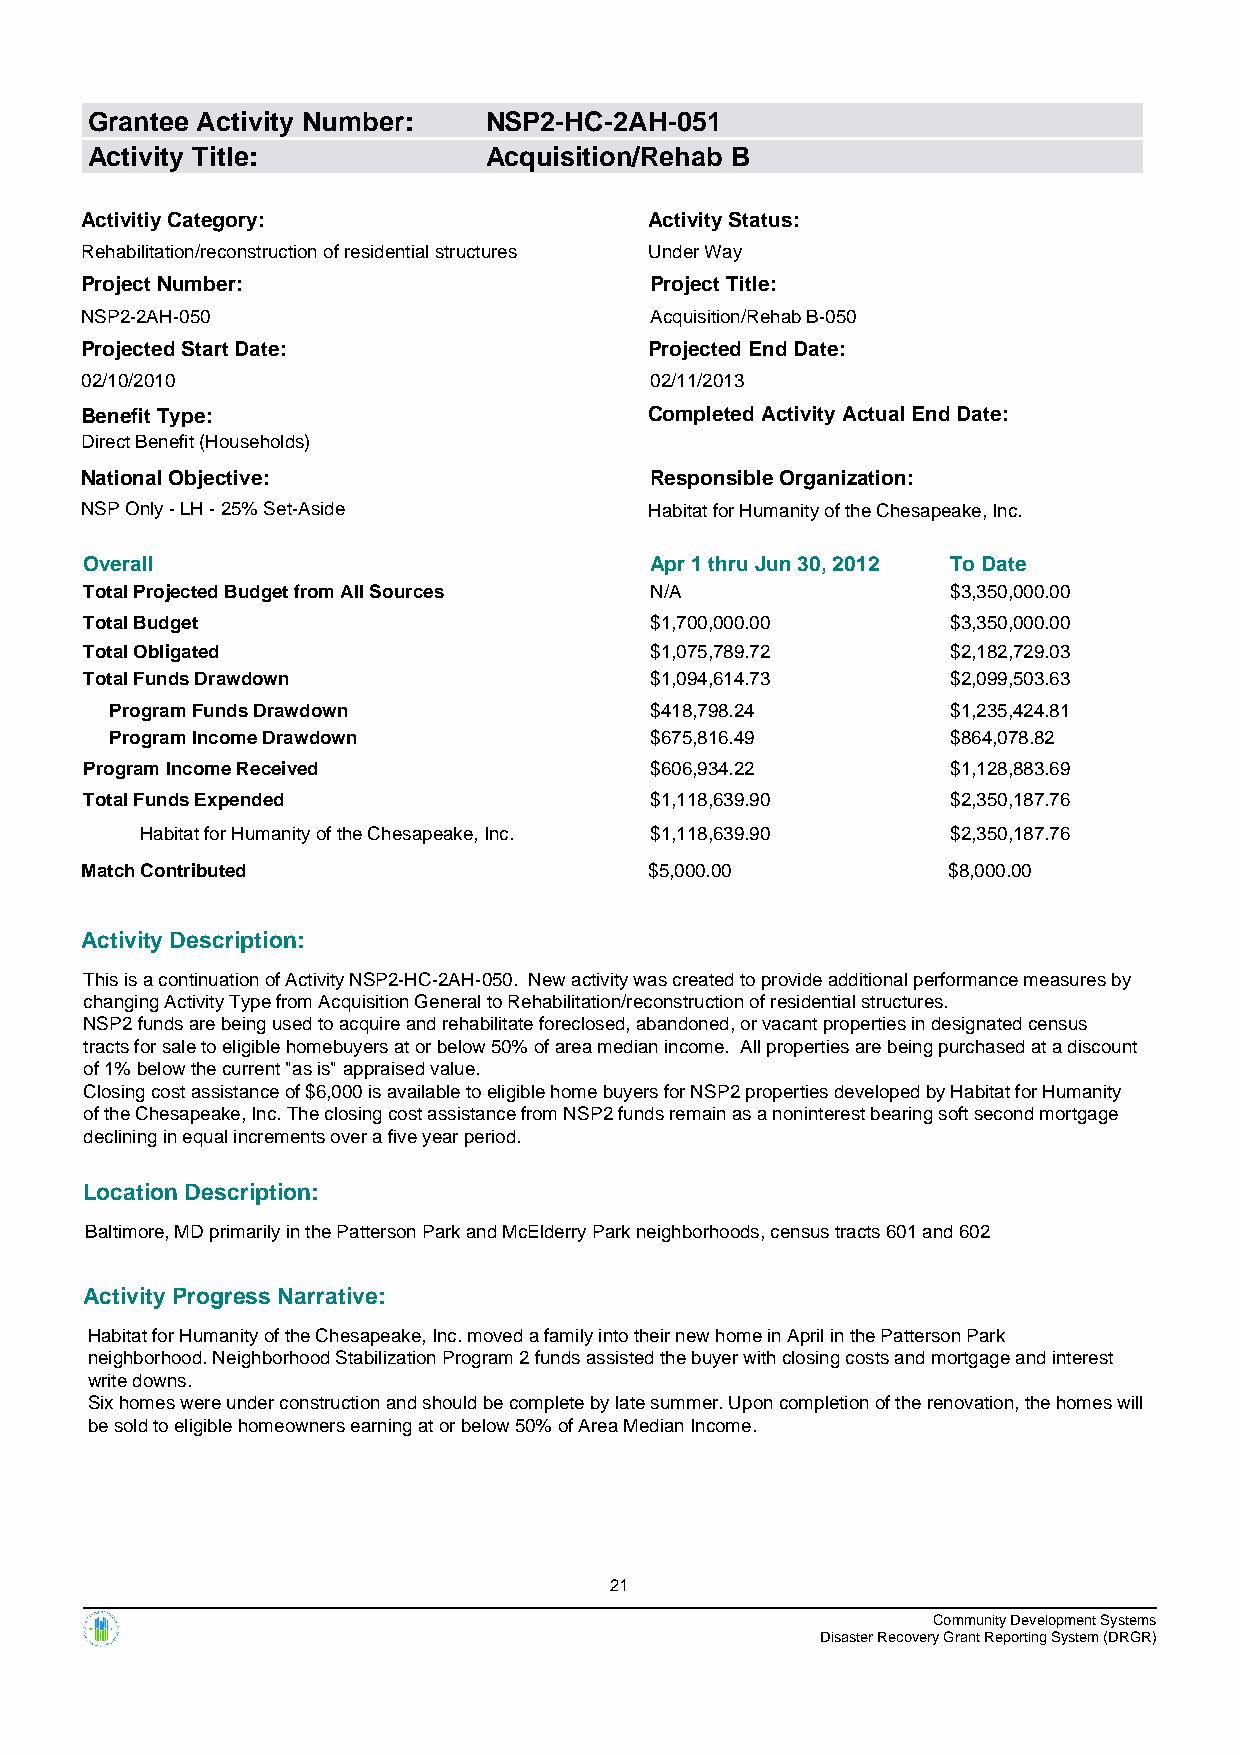
Grantee Activity Number:  NSP2-HC-2AH-051
 Activity Title:           Acquisition/Rehab B
 Activitiy Category:                   Activity Status:
 Rehabilitation/reconstruction of residential structures Under Way
 Project Number:                       Project Title:
 NSP2-2AH-050                          Acquisition/Rehab B-050
 Projected Start Date:                 Projected End Date:
 02/10/2010                            02/11/2013
 Benefit Type:                         Completed Activity Actual End Date:
 Direct Benefit (Households)
 National Objective:                   Responsible Organization:
 NSP Only - LH - 25% Set-Aside         Habitat for Humanity of the Chesapeake, Inc.
 Overall                              Apr 1 thru Jun 30, 2012 To Date
 Total Projected Budget from All Sources N/A              $3,350,000.00
 Total Budget                         $1,700,000.00       $3,350,000.00
 Total Obligated                      $1,075,789.72       $2,182,729.03
 Total Funds Drawdown                 $1,094,614.73       $2,099,503.63
 Program Funds Drawdown              $418,798.24         $1,235,424.81
 Program Income Drawdown             $675,816.49         $864,078.82
 Program Income Received              $606,934.22         $1,128,883.69
 Total Funds Expended                 $1,118,639.90       $2,350,187.76
 Habitat for Humanity of the Chesapeake, Inc. $1,118,639.90 $2,350,187.76
 Match Contributed                     $5,000.00           $8,000.00
 Activity Description:
 This is a continuation of Activity NSP2-HC-2AH-050. New activity was created to provide additional performance measures by
 changing Activity Type from Acquisition General to Rehabilitation/reconstruction of residential structures.
 NSP2 funds are being used to acquire and rehabilitate foreclosed, abandoned, or vacant properties in designated census
 tracts for sale to eligible homebuyers at or below 50% of area median income. All properties are being purchased at a discount
 of 1% below the current "as is" appraised value.
 Closing cost assistance of $6,000 is available to eligible home buyers for NSP2 properties developed by Habitat for Humanity
 of the Chesapeake, Inc. The closing cost assistance from NSP2 funds remain as a noninterest bearing soft second mortgage
 declining in equal increments over a five year period.
 Location Description:
 Baltimore, MD primarily in the Patterson Park and McElderry Park neighborhoods, census tracts 601 and 602
 Activity Progress Narrative:
 Habitat for Humanity of the Chesapeake, Inc. moved a family into their new home in April in the Patterson Park
 neighborhood. Neighborhood Stabilization Program 2 funds assisted the buyer with closing costs and mortgage and interest
 write downs.
 Six homes were under construction and should be complete by late summer. Upon completion of the renovation, the homes will
 be sold to eligible homeowners earning at or below 50% of Area Median Income.
 21
 Community Development Systems
 Disaster Recovery Grant Reporting System (DRGR)